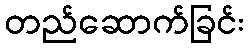
တည်ဆောက်ခြင်း